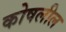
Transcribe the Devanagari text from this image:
कोषलील